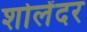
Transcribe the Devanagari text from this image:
शोलेंदर